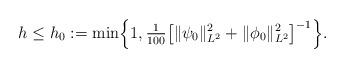
LaTeX: \begin{align*}h\leq h_0 :=\min\Bigl\{1,\tfrac1{100}\bigl[\|\psi_0\|_{L^2}^2 + \|\phi_0\|_{L^2}^2 \bigr]^{-1}\Bigr\}.\end{align*}